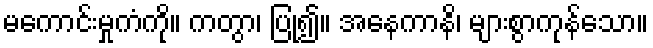
မကောင်းမှုကံကို။ ကတွာ၊ ပြု၍။ အနေကာနိ၊ များစွာကုန်သော။